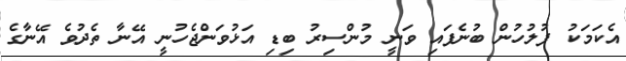
އެކަމަކު ފުލުހުން ބުނެފައި ވަނީ މުންސިރު ބިޑި އަޅުވަންޖެހުނީ އޭނާ ތެދުވެ އޭނާގެ